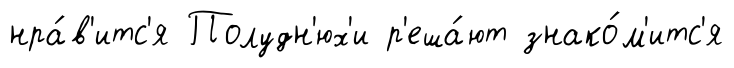
нра́в'итс'я Полудн'юх'и р'еша́ют знако́м'итс'я